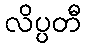
လိပ္ပတီ